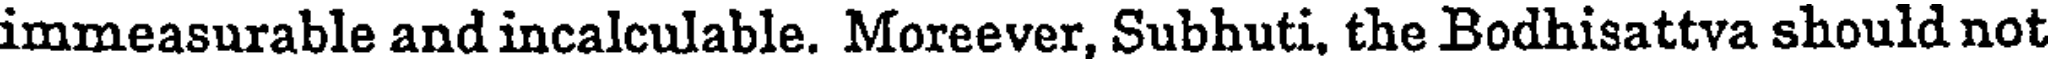
immeasurable and incalculable. Moreever, Subhuti, the Bodhisattva should not